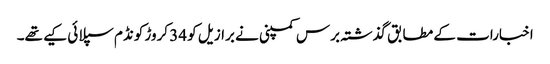
اخبارات کے مطابق گذشتہ برس کمپنی نے برازیل کو 34 کروڑ کونڈم سپلائی کیے تھے۔